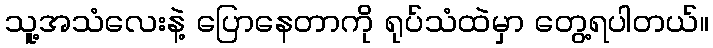
သူ့အသံလေးနဲ့ ပြောနေတာကို ရုပ်သံထဲမှာ တွေ့ရပါတယ်။